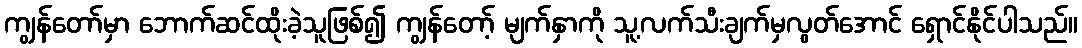
ကျွန်တော်မှာ ဘောက်ဆင်ထိုးခဲ့သူဖြစ်၍ ကျွန်တော့် မျက်နှာကို သူ့လက်သီးချက်မှလွတ်အောင် ရှောင်နိုင်ပါသည်။